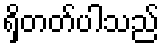
ရှိတတ်ပါသည်